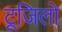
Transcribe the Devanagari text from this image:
टूजिलो